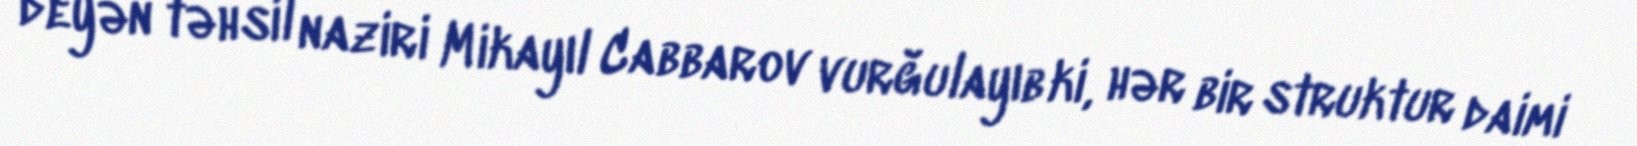
deyən təhsil naziri Mikayıl Cabbarov vurğulayıb ki, hər bir struktur daimi